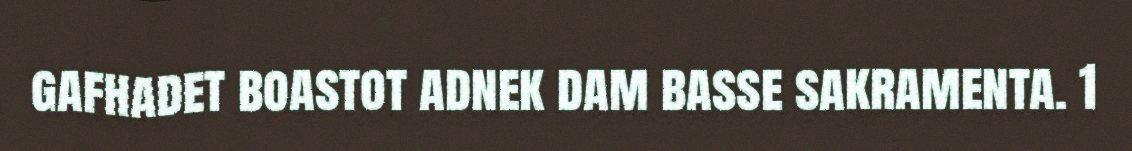
gafhadet boastot adnek dam basse sakramenta. 1